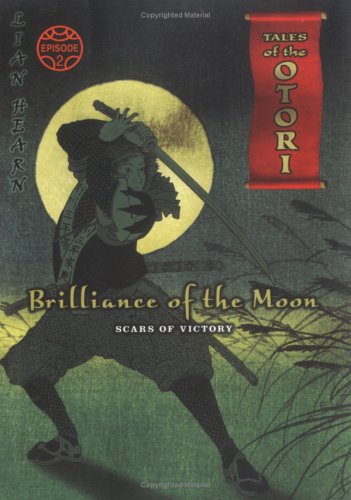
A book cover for Brilliance of the Moon, Episode 2: Scars of Victory (Tales of the Otori, Book 3); Lian Hearn; Teen & Young Adult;